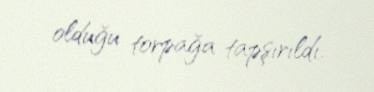
olduğu torpağa tapşırıldı.